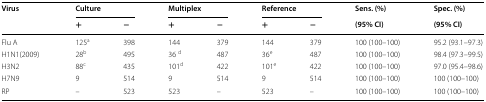
<table><thead><tr><td rowspan="2"><b>Virus</b></td><td colspan="2"><b>Culture</b></td><td colspan="2"><b>Multiplex</b></td><td colspan="2"><b>Reference</b></td><td><b>Sens. (%)</b></td><td><b>Spec. (%)</b></td></tr><tr><td><b>+</b></td><td><b>−</b></td><td><b>+</b></td><td><b>−</b></td><td><b>+</b></td><td><b>−</b></td><td><b>(95% CI)</b></td><td><b>(95% CI)</b></td></tr></thead><tbody><tr><td>Flu A</td><td>125<sup>a</sup></td><td>398</td><td>144</td><td>379</td><td>144</td><td>379</td><td>100 (100–100)</td><td>95.2 (93.1–97.3)</td></tr><tr><td>H1N1(2009)</td><td>28<sup>b</sup></td><td>495</td><td>36 <sup>d</sup></td><td>487</td><td>36<sup>e</sup></td><td>487</td><td>100 (100–100)</td><td>98.4 (97.3–99.5)</td></tr><tr><td>H3N2</td><td>88<sup>c</sup></td><td>435</td><td>101<sup>d</sup></td><td>422</td><td>101<sup>e</sup></td><td>422</td><td>100 (100–100)</td><td>97.0 (95.4–98.6)</td></tr><tr><td>H7N9</td><td>9</td><td>514</td><td>9</td><td>514</td><td>9</td><td>514</td><td>100 (100–100)</td><td>100 (100–100)</td></tr><tr><td>RP</td><td>–</td><td>523</td><td>523</td><td>–</td><td>523</td><td>–</td><td>100 (100–100)</td><td>100 (100–100)</td></tr></tbody></table>